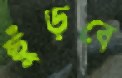
ছুঁড়বে